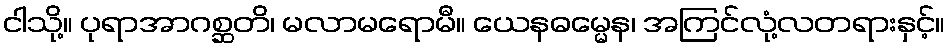
ငါသို့။ ပုရာအာဂစ္ဆတိ၊ မလာမရောမီ။ ယေနဓမ္မေန၊ အကြင်လုံ့လတရားနှင့်။